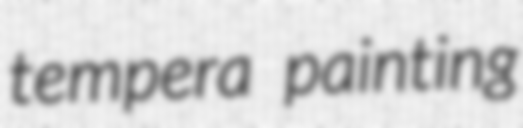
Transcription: tempera painting